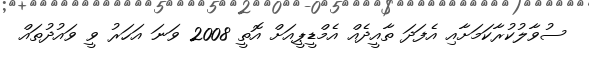
ސުވާލުކުރާކަމަށާއި އެފަދަ ތާއީދެއް އެމްޑީޕީއަށް އޮތީ 2008 ވަނަ އަހަރު ވީ ވައުދުތައް